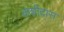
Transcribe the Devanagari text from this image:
कशीदास